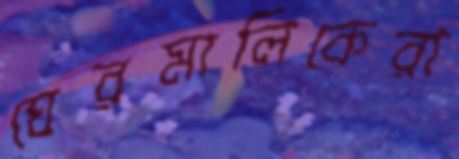
ঘেরমালিকেরা